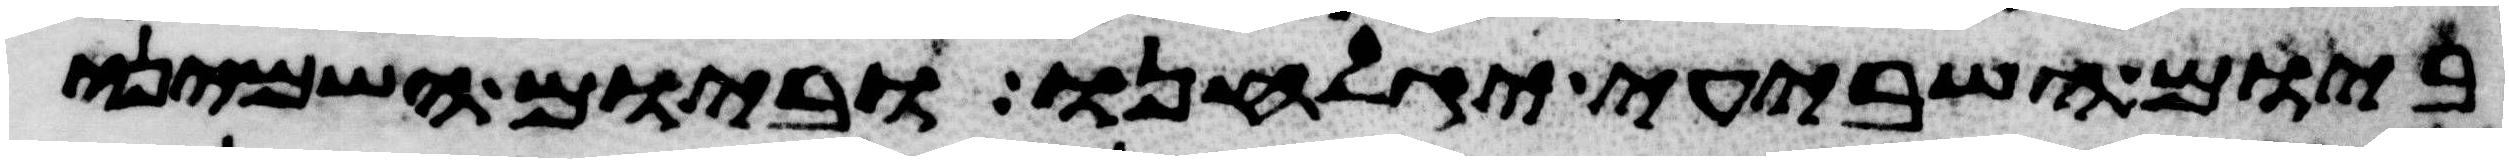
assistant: ביום השביעי יגלחנו וביום השמיני